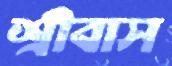
শ্রীবাস